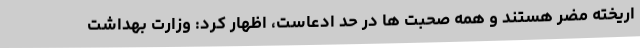
اریخته مضر هستند و همه صحبت ها در حد ادعاست، اظهار کرد: وزارت بهداشت